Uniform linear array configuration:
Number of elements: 32
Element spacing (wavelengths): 0.25
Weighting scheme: exponential
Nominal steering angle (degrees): -60
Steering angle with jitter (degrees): -61.428
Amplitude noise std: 0.05
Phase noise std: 0.05

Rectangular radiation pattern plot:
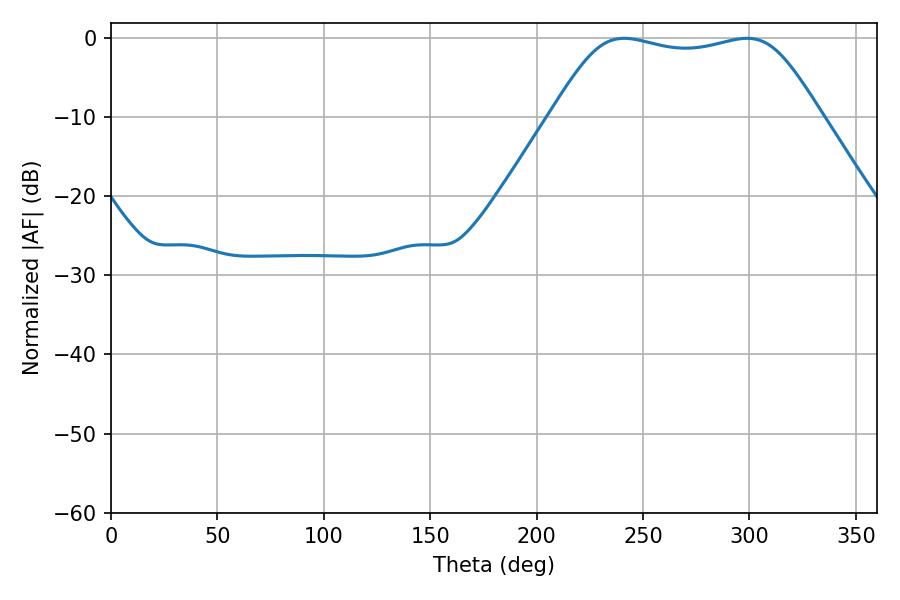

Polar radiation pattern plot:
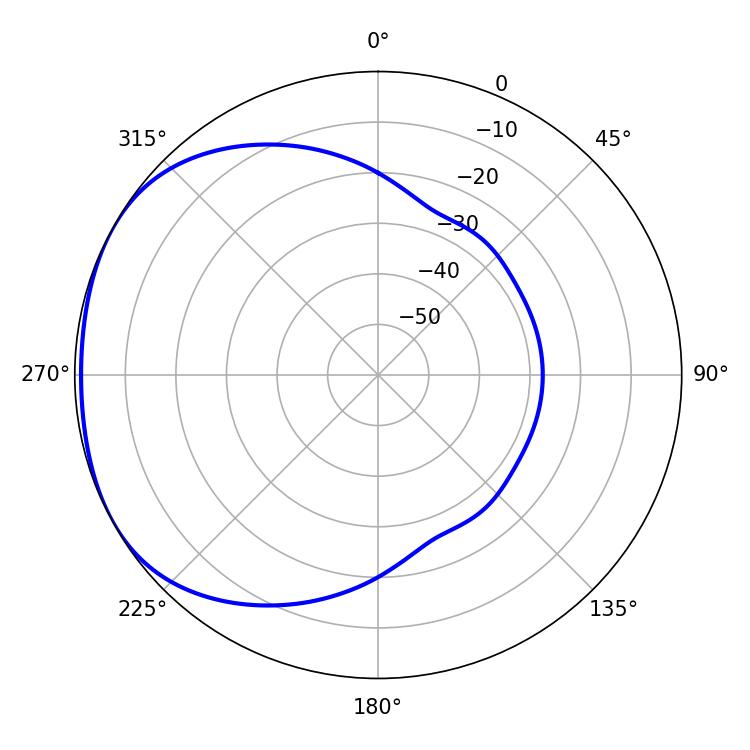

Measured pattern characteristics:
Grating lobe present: FALSE
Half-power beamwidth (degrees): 95.4
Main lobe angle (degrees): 241.2